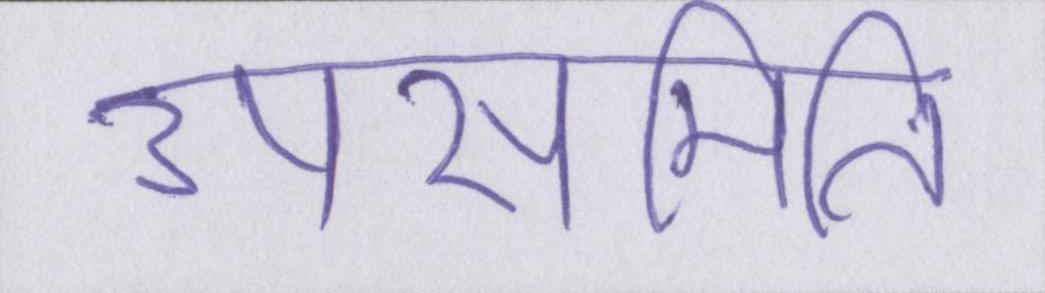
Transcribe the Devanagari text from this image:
उपसमिति